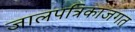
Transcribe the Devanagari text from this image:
जालपत्रिकाजगत